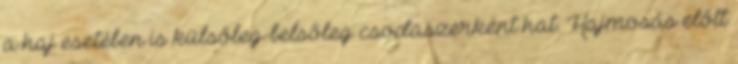
a haj esetében is külsőleg-belsőleg csodaszerként hat. Hajmosás előtt